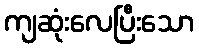
ကျဆုံးလေပြီးသော